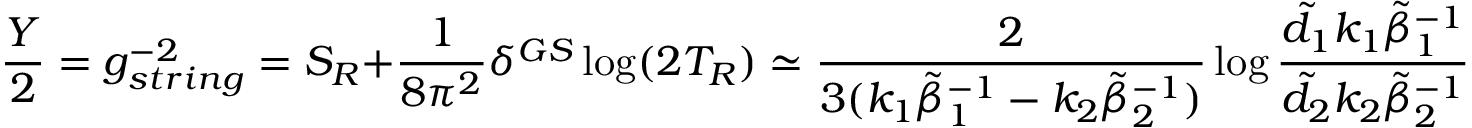
\frac { Y } { 2 } = g _ { s t r i n g } ^ { - 2 } = S _ { R } + \frac { 1 } { 8 \pi ^ { 2 } } \delta ^ { G S } \log ( 2 T _ { R } ) \simeq \frac { 2 } { 3 ( k _ { 1 } \tilde { \beta } _ { 1 } ^ { - 1 } - k _ { 2 } \tilde { \beta } _ { 2 } ^ { - 1 } ) } \log \frac { \tilde { d } _ { 1 } k _ { 1 } \tilde { \beta } _ { 1 } ^ { - 1 } } { \tilde { d } _ { 2 } k _ { 2 } \tilde { \beta } _ { 2 } ^ { - 1 } } \ - \ \frac { 0 . 1 9 5 } { 4 \pi ^ { 2 } } \ \delta ^ { G S } .